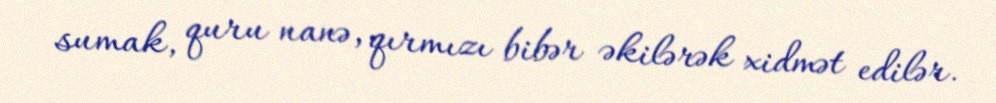
sumak, quru nanə, qırmızı bibər əkilərək xidmət edilər.